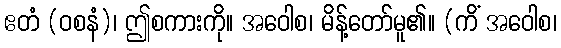
ဧတံ (ဝစနံ)၊ ဤစကားကို။ အဝေါစ၊ မိန့်တော်မူ၏။ (ကိံ အဝေါစ၊